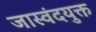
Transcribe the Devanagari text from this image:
जास्वंदयुक्त